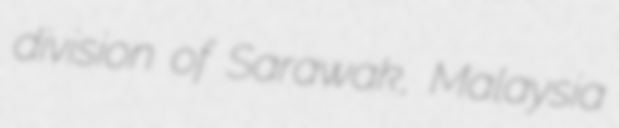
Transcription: division of Sarawak, Malaysia